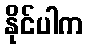
နိုင်ပါက